Report on horse surra - Volume I
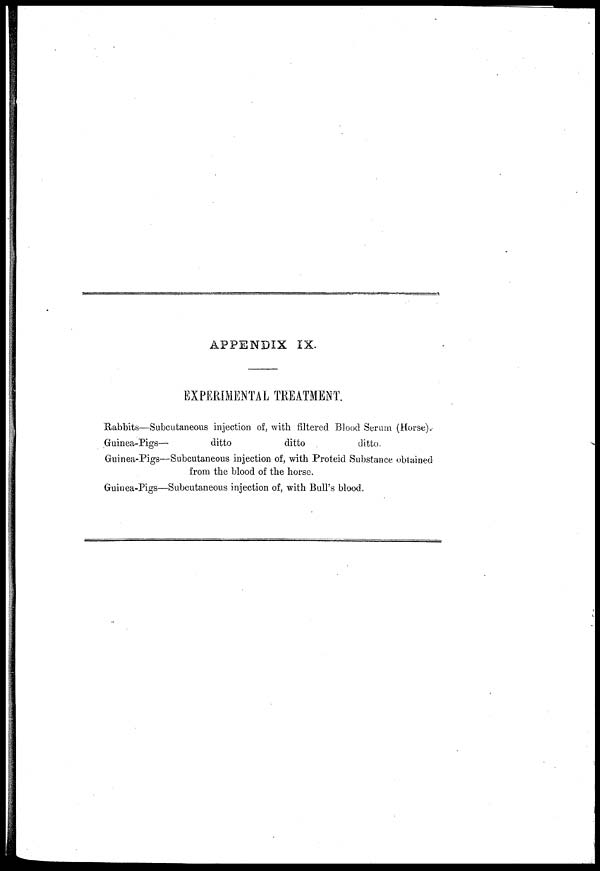
APPENDIX IX.
EXPERIMENTAL TREATMENT.
Rabbits—Subcutaneous injection of, with filtered Blood Serum (Horse).
Guinea-Pigs—
ditto
ditto
ditto.
Guinea-Pigs—Subcutaneous injection of, with Proteid Substance obtained
from the blood of the horse.
Guinea-Pigs—Subcutaneous injection of, with Bull's blood.